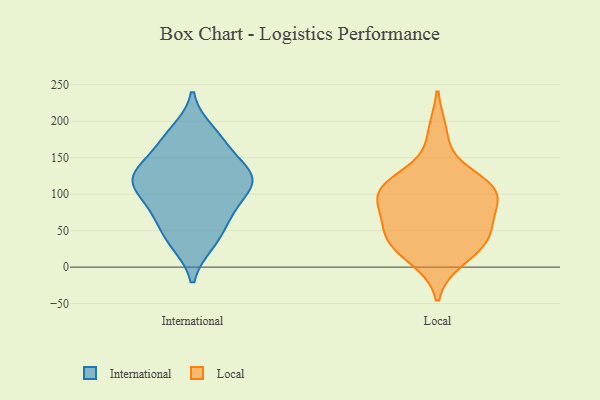
{"axis": {"x": "Inventory Turnover", "y": "Value"}, "legend": ["International", "Local"], "data": [{"x": "", "y": 125, "type": "International"}, {"x": "", "y": 33, "type": "International"}, {"x": "", "y": 112, "type": "International"}, {"x": "", "y": 84, "type": "International"}, {"x": "", "y": 102, "type": "International"}, {"x": "", "y": 124, "type": "International"}, {"x": "", "y": 125, "type": "International"}, {"x": "", "y": 70, "type": "International"}, {"x": "", "y": 171, "type": "International"}, {"x": "", "y": 135, "type": "International"}, {"x": "", "y": 170, "type": "International"}, {"x": "", "y": 66, "type": "International"}, {"x": "", "y": 123, "type": "International"}, {"x": "", "y": 186, "type": "International"}, {"x": "", "y": 36, "type": "International"}, {"x": "", "y": 113, "type": "Local"}, {"x": "", "y": 84, "type": "Local"}, {"x": "", "y": 85, "type": "Local"}, {"x": "", "y": 107, "type": "Local"}, {"x": "", "y": 38, "type": "Local"}, {"x": "", "y": 40, "type": "Local"}, {"x": "", "y": 57, "type": "Local"}, {"x": "", "y": 25, "type": "Local"}, {"x": "", "y": 47, "type": "Local"}, {"x": "", "y": 103, "type": "Local"}, {"x": "", "y": 12, "type": "Local"}, {"x": "", "y": 113, "type": "Local"}, {"x": "", "y": 183, "type": "Local"}, {"x": "", "y": 111, "type": "Local"}]}